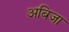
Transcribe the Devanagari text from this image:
अबिजा